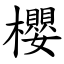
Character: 櫻